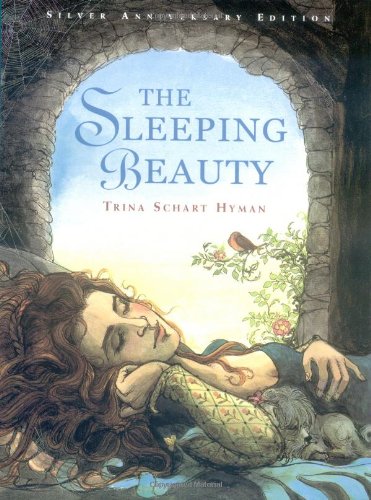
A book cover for The Sleeping Beauty; Trina Schart Hyman; Children's Books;